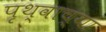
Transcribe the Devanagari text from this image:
पृथ्वाच्या